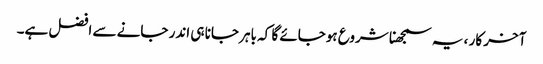
آخر کار ، یہ سمجھنا شروع ہوجائے گا کہ باہر جانا ہی اندر جانے سے افضل ہے۔